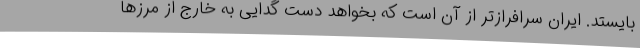
بایستد. ایران سرافرازتر از آن است که بخواهد دست گدایی به خارج از مرزها